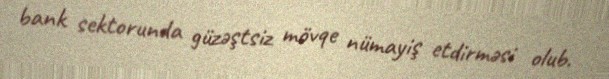
bank sektorunda güzəştsiz mövqe nümayiş etdirməsi olub.